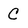
Character: C